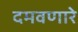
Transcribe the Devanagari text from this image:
दमवणारे